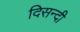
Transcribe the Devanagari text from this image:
दिसन्दी